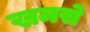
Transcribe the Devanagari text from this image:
खमसे